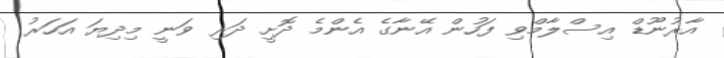
އާރުނޫޑް އިސްލާމްވި ފަހުން އޭނާގެ އެންމެ ދޮށީ ދަރި ވަނީ މިދިޔަ އަހަރު